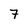
Character: 7